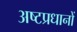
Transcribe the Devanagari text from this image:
अष्टप्रधानों